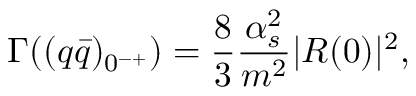
\Gamma ( ( q \bar { q } ) _ { 0 ^ { - + } } ) = \frac 8 3 \frac { \alpha _ { s } ^ { 2 } } { m ^ { 2 } } | R ( 0 ) | ^ { 2 } ,